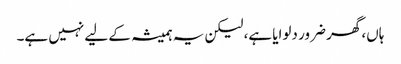
ہاں، گھر ضرور دلوایا ہے، لیکن یہ ہمیشہ کے لیے نہیں ہے۔